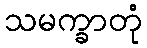
သမက္ခာတုံ